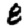
Digit: 8